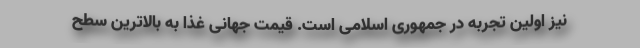
نیز اولین تجربه در جمهوری اسلامی است. قیمت جهانی غذا به بالاترین سطح